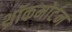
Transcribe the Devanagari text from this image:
थ्रॉकमोर्टन